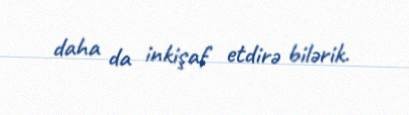
daha da inkişaf etdirə bilərik.